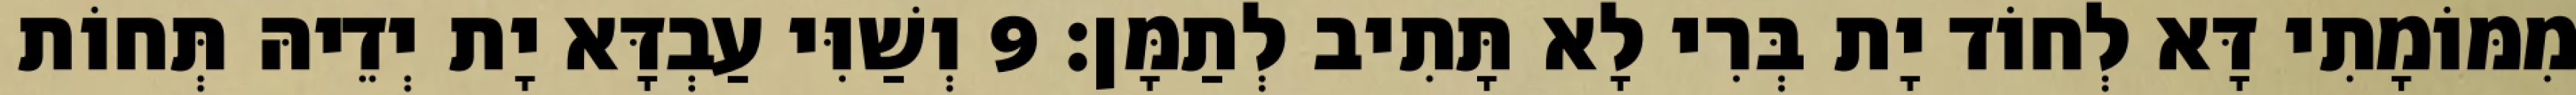
מִמּוֹמָתִי דָּא לְחוֹד יָת בְּרִי לָא תָּתִיב לְתַמָּן׃ 9 וְשַׁוִּי עַבְדָּא יָת יְדֵיהּ תְּחוֹת